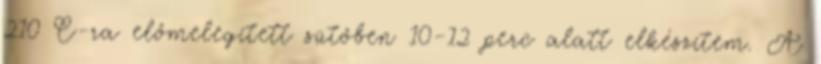
210 C-ra előmelegített sütőben 10-12 perc alatt elkészítem. A